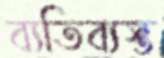
ব্যতিব্যস্ত